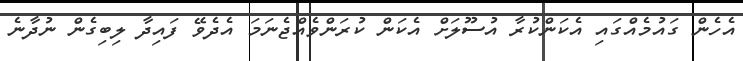
އެހެން ގައުމެއްގައި އެކަންކުރާ އުސޫލަށް އެކަން ކުރަންވެއްޖެނަމަ އެދެވޭ ފައިދާ ލިބިގެން ނުދާނެ